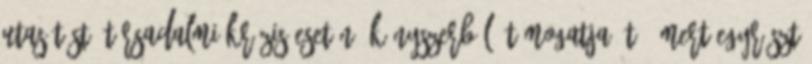
utasítást, társadalmi krí­zis esetén. Kényszerből „támogatja őt”, mert egyrészt